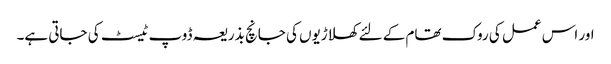
اور اس عمل کی روک تھام کے لئے کھلاڑیوں کی جانچ بذریعہ ڈوپ ٹیسٹ کی جاتی ہے۔